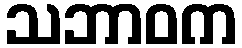
သဘာဝက